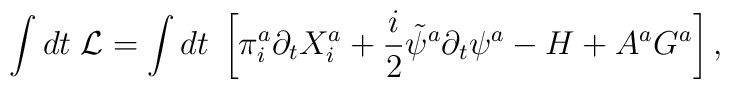
\int dt\;{\cal L}=\int dt\;\left[ \pi^a_i \partial_t X^a_i+\frac{i}{2}\tilde\psi^a\partial_t\psi^a-H+A^aG^a\right],